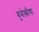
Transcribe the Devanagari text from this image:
बुन्देस्लीगा